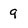
Character: 9